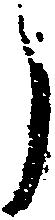
う